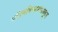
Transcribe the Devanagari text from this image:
पदिमविचारापासून